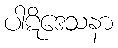
ပါဋိဒေသနာ